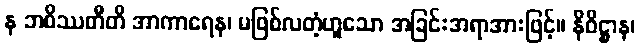
န ဘဝိဿတီတိ အာကာရေန၊ မဖြစ်လတံ့ဟူသော အခြင်းအရာအားဖြင့်။ နိဝိဋ္ဌာန၊